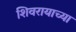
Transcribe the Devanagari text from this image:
शिवरायाच्या